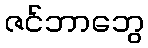
ဇင်ဘာဘွေ